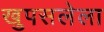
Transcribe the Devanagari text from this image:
खुपसलेला